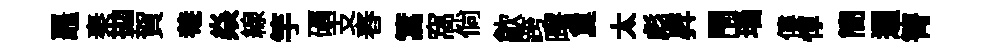
鼉秦拋賀𤲅焱線竽礪支舂篙窩倘歙跨曙夐太彪昇閇瑙僂惇簡逥箐